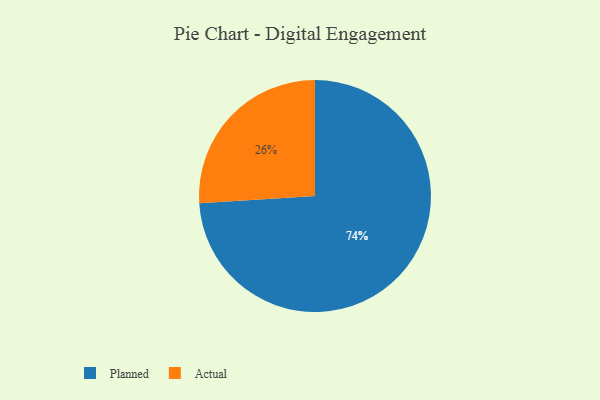
{"axis": {"x": "Category", "y": "Percentage"}, "legend": ["Actual", "Planned"], "data": [{"x": "Planned", "y": 74, "type": "Planned"}, {"x": "Actual", "y": 26, "type": "Actual"}]}